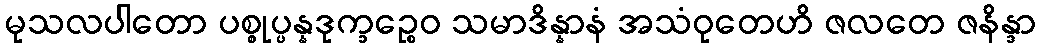
မုသလပါတော ပစ္စုပ္ပန္နဒုက္ခဉ္စေဝ သမာဒိန္နာနံ အသံဝုတေဟိ ဇလတေ ဇနိန္ဒာ